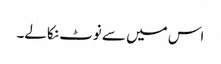
اس میں سے نوٹ نکالے۔